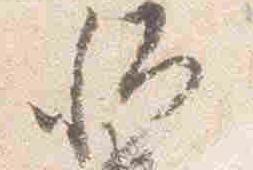
卿